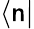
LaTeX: \langle\mathsf{n}|